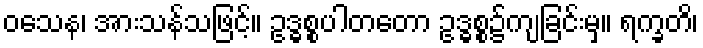
ဝသေန၊ အားသန်သဖြင့်။ ဥဒ္ဓစ္စပါတတော ဥဒ္ဓစ္စ၌ကျခြင်းမှ။ ရက္ခတိ၊